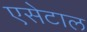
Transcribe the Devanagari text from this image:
एसेटाल